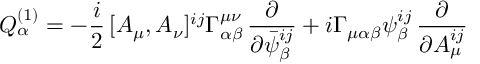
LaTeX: Q _ { \alpha } ^ { ( 1 ) } = - \frac { i } { 2 } \, [ A _ { \mu } , A _ { \nu } ] ^ { i j } \Gamma _ { \alpha \beta } ^ { \mu \nu } \, \frac { \partial } { \partial \bar { \psi } _ { \beta } ^ { i j } } + i \Gamma _ { \mu \alpha \beta } \psi _ { \beta } ^ { i j } \, \frac { \partial } { \partial A _ { \mu } ^ { i j } }